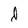
Character: d